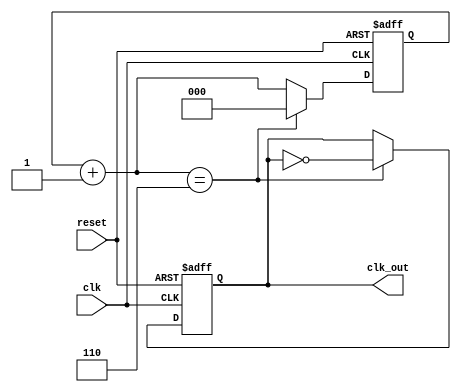
module clk_divn_even (
  input clk, 
  input reset, 
  output clk_out
);

  parameter WIDTH = 3; // Width of the register required
  parameter N = 6;      // We will divide by 12 for example in this case even number

  reg [WIDTH-1:0] r_reg;
  wire [WIDTH-1:0] r_nxt;
  reg clk_track;

  always @(posedge clk or posedge reset)

    begin
      if (reset)
        begin
          r_reg <= 0;
          clk_track <= 1'b0;
        end

      else if (r_nxt == N)
        begin
          r_reg <= 0;
          clk_track <= ~clk_track;
        end

      else 
        r_reg <= r_nxt;
    end

  assign r_nxt = r_reg + 1;   	      
  assign clk_out = clk_track;
endmodule

module clk_divn_odd (
  input clk,
  input reset, 
  output clk_out
);

  parameter WIDTH = 3;
  parameter N = 5; // odd number required

  reg [WIDTH-1:0] pos_count, neg_count;
  wire [WIDTH-1:0] r_nxt;

  always @(posedge clk)
    if (reset)
      pos_count <=0;
    else if (pos_count == N - 1) 
      pos_count <= 0;
    else 
      pos_count<= pos_count + 1;

  always @(negedge clk)
    if (reset)
      neg_count <=0;
    else  if (neg_count == N - 1) 
      neg_count <= 0;
    else 
      neg_count<= neg_count + 1; 

  assign clk_out = ((pos_count > (N>>1)) | (neg_count > (N>>1))); 
endmodule


module clk_div (
    input clk,
    input rst,
    output reg clk_div
    );
 
 parameter constantNumber = 25;
 
 reg [31:0] count;
 
  always @ (posedge(clk), posedge(rst))
  begin
    if (rst == 1'b1)
        count <= 32'b0;
    else if (count == constantNumber - 1)
        count <= 32'b0;
    else
        count <= count + 1;
  end

  always @ (posedge(clk), posedge(rst))
  begin
    if (rst == 1'b1)
        clk_div <= 1'b0;
    else if (count == constantNumber - 1)
        clk_div <= ~clk_div;
    else
        clk_div <= clk_div;
  end

endmodule